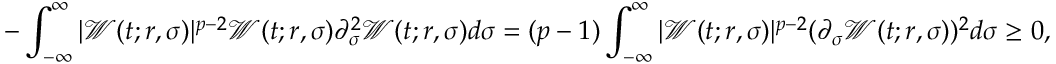
- \int _ { - \infty } ^ { \infty } | \mathcal { W } ( t ; r , \sigma ) | ^ { p - 2 } \mathcal { W } ( t ; r , \sigma ) \partial _ { \sigma } ^ { 2 } \mathcal { W } ( t ; r , \sigma ) d \sigma = ( p - 1 ) \int _ { - \infty } ^ { \infty } | \mathcal { W } ( t ; r , \sigma ) | ^ { p - 2 } ( \partial _ { \sigma } \mathcal { W } ( t ; r , \sigma ) ) ^ { 2 } d \sigma \geq 0 ,